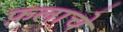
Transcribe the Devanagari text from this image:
फ़लाचे